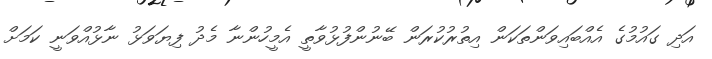
އަދި ގައުމުގެ އެއްބައިވަންތަކަން އިތުރުކުރަން ބޭނުންފުޅުވާތީ އެމީހުންނާ މެދު ފިޔަވަޅު ނާޅުއްވަނީ ކަމަށް